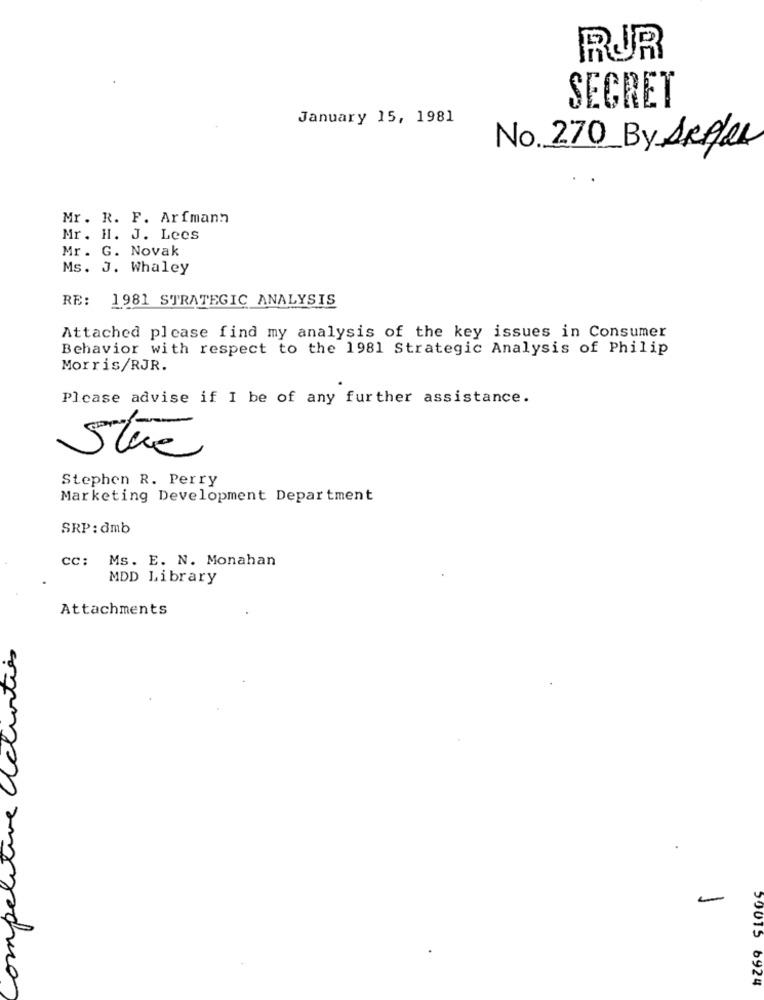
RUR
SECRET
January 15, 1981
No. 270 By ARPLEA
Mr. R. F. Arfmann
Mr. H. J. Lees
Mr. G. Novak
Ms. J. Whaley
RE:
1981 STRATEGIC ANALYSIS
Attached please find my analysis of the key issues in Consumer
Behavior with respect to the 1981 Strategic Analysis of Philip
Morris/RJR.
Please advise if I be of any further assistance.
Stre
Stephen R. Perry
Marketing Development Department
SRP: dmb
CC: Ms. E. N. Monahan
MDD Library
Attachments
competitive Activities
50015 6924